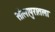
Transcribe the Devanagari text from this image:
सोलापुरातला